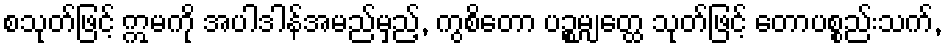
စသုတ်ဖြင့် ဣမကို အပါဒါန်အမည်မှည့်, ကွစိတော ပဉ္စမျတ္ထေ သုတ်ဖြင့် တောပစ္စည်းသက်,